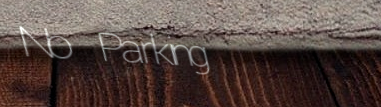
No Parking